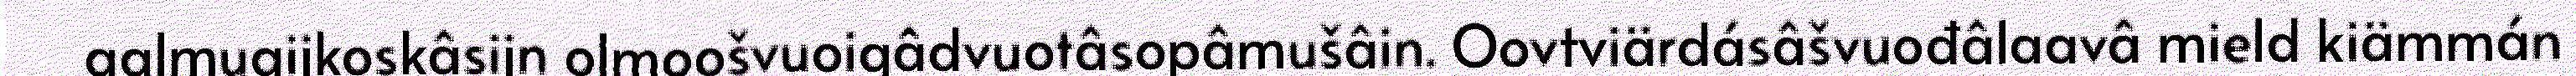
aalmugijkoskâsijn olmoošvuoigâdvuotâsopâmušâin. Oovtviärdásâšvuođâlaavâ mield kiämmán